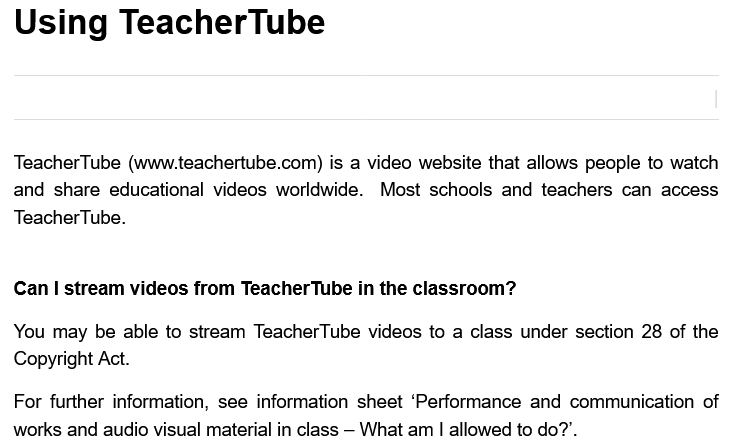
Using    TeacherTube
  TeacherTube (www.teachertube.com) is a video website that allows people to watch
  and share educational videos worldwide. Most schools and teachers can access
  TeacherTube.
  Can | stream videos from TeacherTube in the classroom?
  You may be able to stream TeacherTube videos to a class under section 28 of the
  Copyright Act.
  For further information, see information sheet ‘Performance and communication of
  works and audio visual material in class
     —
     What am | allowed to do?’.